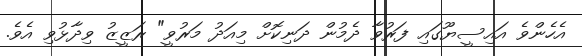
އެހެންވެ އައިސީޔޫގައި ފަރުވާ ދެމުން ދަނިކޮށް މިއަދު މަރުވީ" ރަޒީޒު ވިދާޅުވި އެވެ.